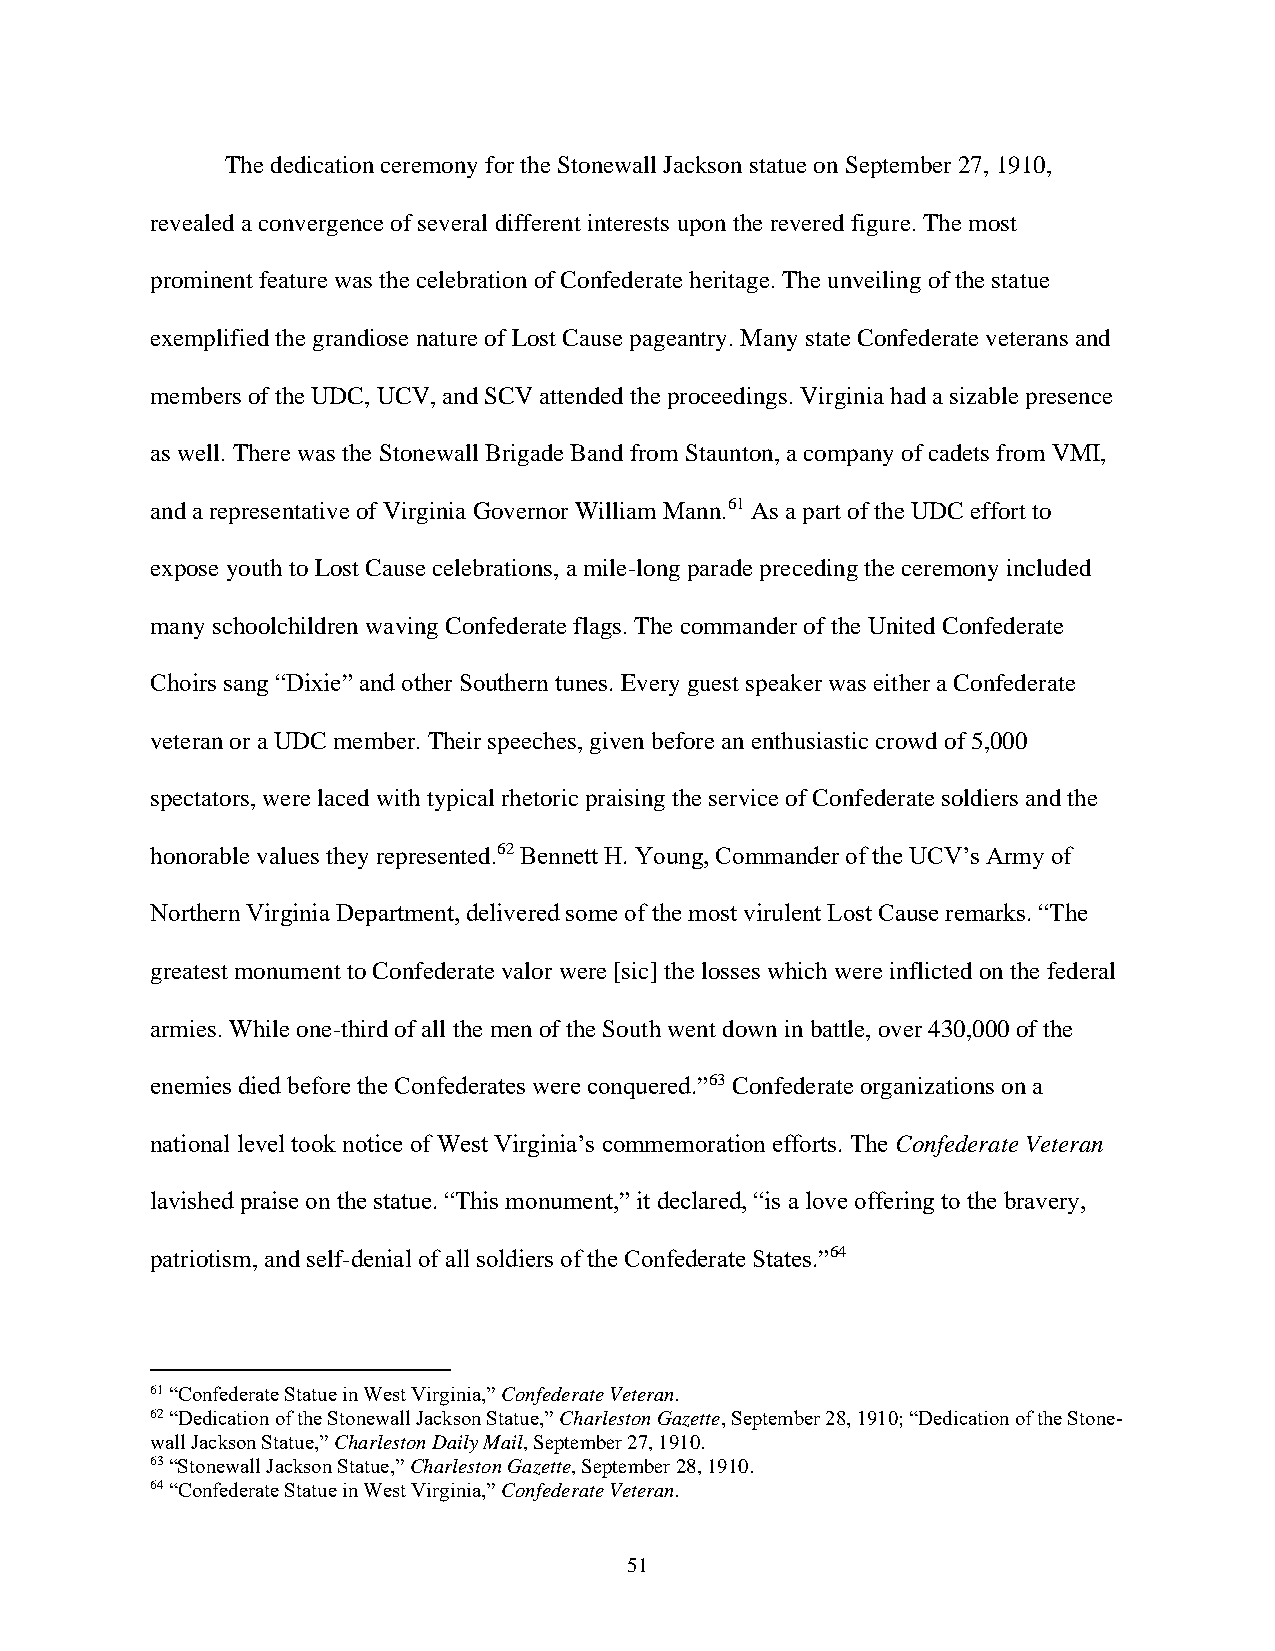
The dedication ceremony for the Stonewall Jackson statue on September 27, 1910,
 revealed a convergence of several different interests upon the revered figure. The most
 prominent feature was the celebration of Confederate heritage. The unveiling of the statue
 exemplified the grandiose nature of Lost Cause pageantry. Many state Confederate veterans and
 members of the UDC, UCV, and SCV attended the proceedings. Virginia had a sizable presence
 as well. There was the Stonewall Brigade Band from Staunton, a company of cadets from VMI,
 and a representative of Virginia Governor William Mann.61 As a part of the UDC effort to
 expose youth to Lost Cause celebrations, a mile-long parade preceding the ceremony included
 many schoolchildren waving Confederate flags. The commander of the United Confederate
 Choirs sang “Dixie” and other Southern tunes. Every guest speaker was either a Confederate
 veteran or a UDC member. Their speeches, given before an enthusiastic crowd of 5,000
 spectators, were laced with typical rhetoric praising the service of Confederate soldiers and the
 honorable values they represented.62 Bennett H. Young, Commander of the UCV’s Army of
 Northern Virginia Department, delivered some of the most virulent Lost Cause remarks. “The
 greatest monument to Confederate valor were [sic] the losses which were inflicted on the federal
 armies. While one-third of all the men of the South went down in battle, over 430,000 of the
 enemies died before the Confederates were conquered.”63 Confederate organizations on a
 national level took notice of West Virginia’s commemoration efforts. The Confederate Veteran
 lavished praise on the statue. “This monument,” it declared, “is a love offering to the bravery,
 patriotism, and self-denial of all soldiers of the Confederate States.”64
 61 “Confederate Statue in West Virginia,” Confederate Veteran.
 62 “Dedication of the Stonewall Jackson Statue,” Charleston Gazette, September 28, 1910; “Dedication of the Stone-
 wall Jackson Statue,” Charleston Daily Mail, September 27, 1910.
 63 “Stonewall Jackson Statue,” Charleston Gazette, September 28, 1910.
 64 “Confederate Statue in West Virginia,” Confederate Veteran.
 51